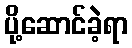
ပို့ဆောင်ခဲ့ရာ